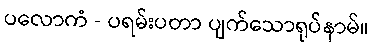
ပလောကံ - ပရမ်းပတာ ပျက်သောရုပ်နာမ်။